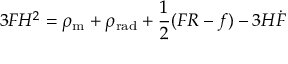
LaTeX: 3 F H ^ { 2 } = \rho _ { \mathrm { { m } } } + \rho _ { \mathrm { { r a d } } } + { \frac { 1 } { 2 } } ( F R - f ) - 3 H { \dot { F } }